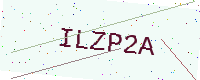
Text: ILZP2A